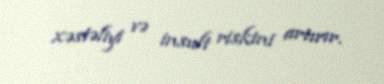
xəstəliyi və insult riskini artırır.